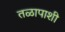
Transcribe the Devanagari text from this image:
तळापाशी